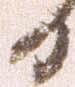
日